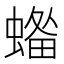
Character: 𧏓